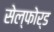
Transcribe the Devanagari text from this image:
सेल्फोर्ड